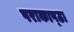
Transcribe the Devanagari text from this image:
पराकाष्‍ठा